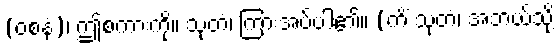
(ဝစနံ)၊ ဤစကားကို။ သုတံ၊ ကြားအပ်ပါ၏။ (ကိံ သုတံ၊ အဘယ်သို့